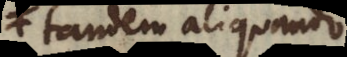
tandem aliquando